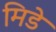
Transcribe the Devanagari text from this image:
मिडे